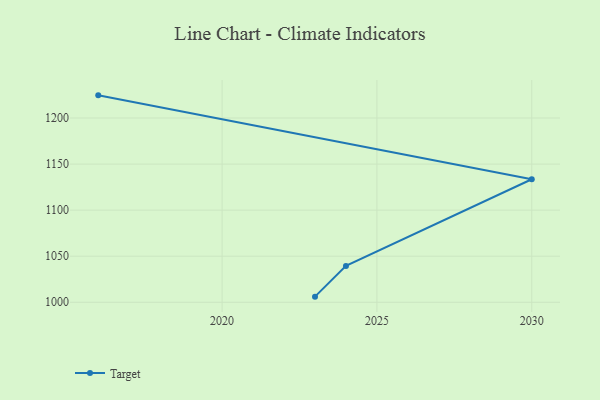
{"axis": {"x": "Year", "y": "Gross Profit (USD K)"}, "legend": ["Target"], "data": [{"x": "2023", "y": 1006.1, "type": "Target"}, {"x": "2024", "y": 1039.5, "type": "Target"}, {"x": "2030", "y": 1133.5, "type": "Target"}, {"x": "2016", "y": 1224.6, "type": "Target"}]}